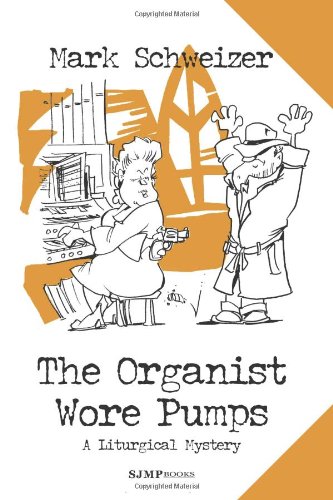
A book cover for The Organist Wore Pumps: A Liturgical Mystery; Mark Schweizer; Humor & Entertainment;